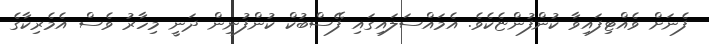
ފެނަށް ވެއްޓިފައިވާ ކުންފުންޏެކެވެ. އެމައްސަލައިގައި ފޭސްބުކް ކުންފުނިން ދަނީ މިހާރު ވެސް އެމެރިކާގެ